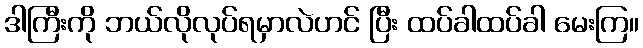
ဒါကြီးကို ဘယ်လိုလုပ်ရမှာလဲဟင် ပြီး ထပ်ခါထပ်ခါ မေးကြ။